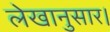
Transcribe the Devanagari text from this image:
लेखानुसार।